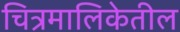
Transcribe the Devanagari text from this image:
चित्रमालिकेतील